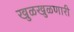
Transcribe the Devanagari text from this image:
खुळखुळणारी